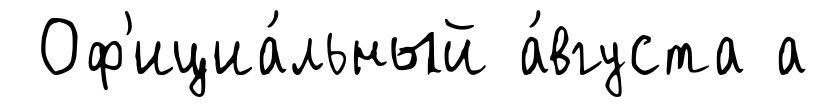
Оф'ициа́льный а́вгуста а